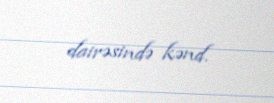
dairəsində kənd.